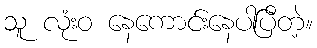
သူ လုံးဝ နေကောင်းနေပါပြီတဲ့။